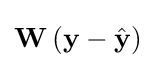
\mathbf {W} \left(\mathbf {y} -{\hat {\mathbf {y} }}\right)